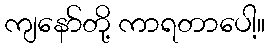
ကျနော်တို့ ကာရတာပေါ့။